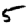
Digit: 5